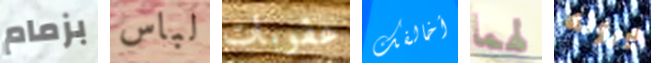
بزمام لباس عقوبات أخالفك لهما يرونه